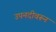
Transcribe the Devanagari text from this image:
उपनदीवरून